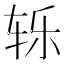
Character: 轹